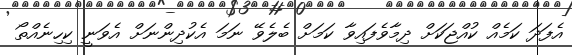
އެފަދަ ކަމެއް ކުއްޖަކަށް ދިމާވެފައިވާ ކަމަށް ބެލެވޭ ނަމަ އެކުދިންނަށް އެވަނީ ކިހިނެއްތޯ